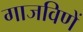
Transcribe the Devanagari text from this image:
गाजविणें